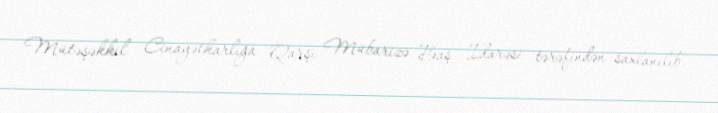
Mütəşəkkil Cinayətkarlığa Qarşı Mübarizə Baş İdarəsi tərəfindən saxlanılıb.